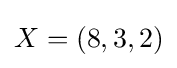
X=(8,3,2)